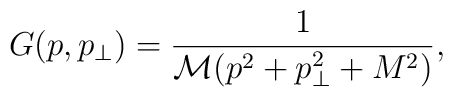
G(p,p_\perp)=\frac{1}{\mathcal{M}(p^2+p_\perp^2+M^2)},